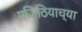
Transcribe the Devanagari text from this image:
मजिठियाच्या